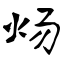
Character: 炀